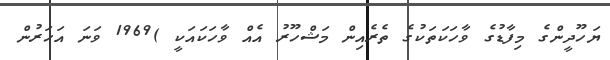
ޔަހޫދީންގެ މިފާޑުގެ ވާހަކަތަކުގެ ތެރެއިން މަޝްހޫރު އެއް ވާހަކައަކީ )1969 ވަނަ އަހަރުން